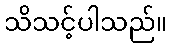
သိသင့်ပါသည်။